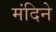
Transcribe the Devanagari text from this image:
मंदिने